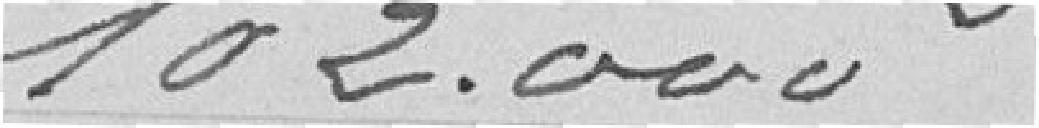
102000